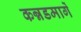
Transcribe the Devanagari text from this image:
कन्नडमार्गे